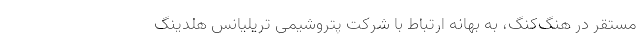
مستقر در هنگ‌کنگ، به بهانه ارتباط با شرکت پتروشیمی تریلیانس هلدینگ